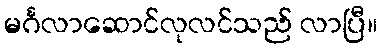
မင်္ဂလာဆောင်လုလင်သည် လာပြီ။